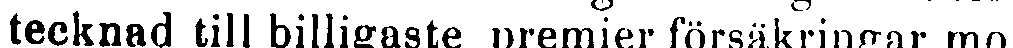
tecknad till billigaste premier försäkringar mot